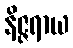
နိဇ္ဇရာယ